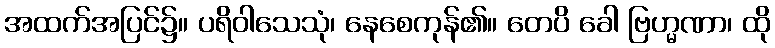
အထက်အပြင်၌။ ပရိဝါသေသုံ၊ နေစေကုန်၏။ တေပိ ခေါ ဗြဟ္မဏာ၊ ထို